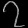
Digit: ၇